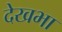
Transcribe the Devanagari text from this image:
देखभा